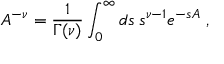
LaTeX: A ^ { - \nu } = \frac { 1 } { \Gamma ( \nu ) } \int _ { 0 } ^ { \infty } d s \; s ^ { \nu - 1 } e ^ { - s A } \; ,